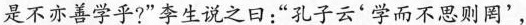
是不亦善学乎？“李生说之曰：”孔子云‘学而不思则罔’，